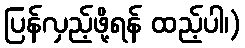
ပြန်လှည့်ဖို့ရန် ထည့်ပါ၊)